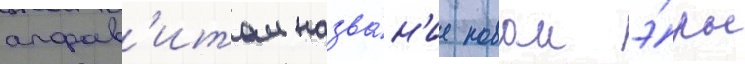
алфав'итом назва́н'ие новои э́ры